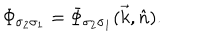
{ \mit \Phi } _ { \sigma _ { 2 } \sigma _ { 1 } } = { \mit \Phi } _ { \sigma _ { 2 } \sigma _ { 1 } } ( \vec { k } , \hat { n } ) .